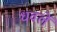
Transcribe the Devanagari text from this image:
धवलें